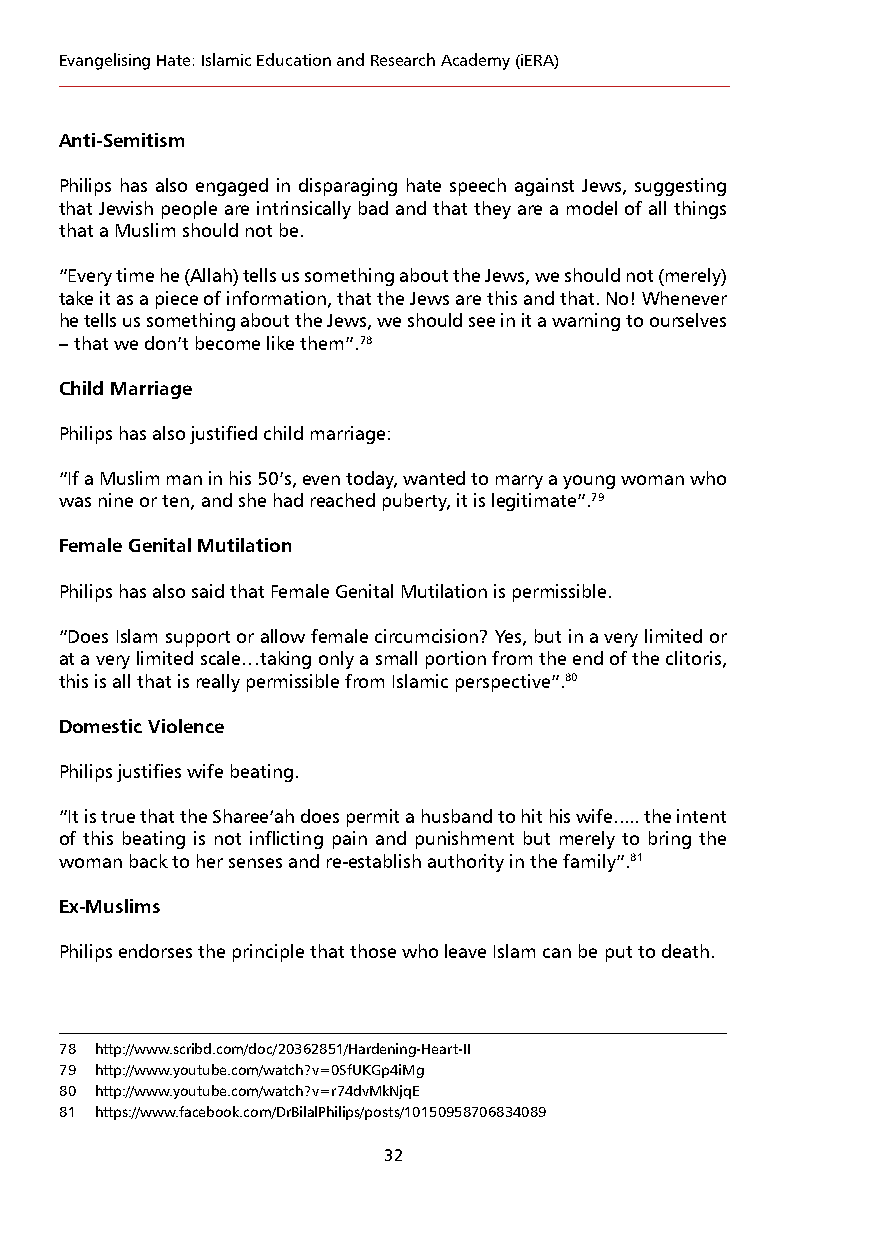
Evangelising Hate: Islamic Education and Research Academy (iERA)
 Anti-Semitism
 Philips has also engaged in disparaging hate speech against Jews, suggesting
 that Jewish people are intrinsically bad and that they are a model of all things
 that a Muslim should not be.
 “Every time he (Allah) tells us something about the Jews, we should not (merely)
 take it as a piece of information, that the Jews are this and that. No! Whenever
 he tells us something about the Jews, we should see in it a warning to ourselves
 – that we don’t become like them”.78
 Child Marriage
 Philips has also justified child marriage:
 “If a Muslim man in his 50’s, even today, wanted to marry a young woman who
 was nine or ten, and she had reached puberty, it is legitimate”.79
 Female Genital Mutilation
 Philips has also said that Female Genital Mutilation is permissible.
 “Does Islam support or allow female circumcision? Yes, but in a very limited or
 at a very limited scale…taking only a small portion from the end of the clitoris,
 this is all that is really permissible from Islamic perspective”.80
 Domestic Violence
 Philips justifies wife beating.
 “It is true that the Sharee‘ah does permit a husband to hit his wife..... the intent
 of this beating is not inflicting pain and punishment but merely to bring the
 woman back to her senses and re-establish authority in the family”.81
 Ex-Muslims
 Philips endorses the principle that those who leave Islam can be put to death.
 78 http://www.scribd.com/doc/20362851/Hardening-Heart-II
 79 http://www.youtube.com/watch?v=0SfUKGp4iMg
 80 http://www.youtube.com/watch?v=r74dvMkNjqE
 81 https://www.facebook.com/DrBilalPhilips/posts/10150958706834089
 32